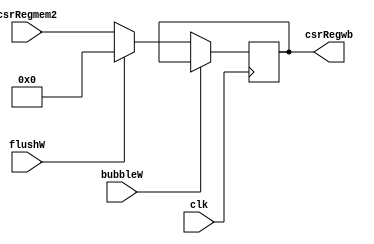
`timescale 1ns / 1ps
//////////////////////////////////////////////////////////////////////////////////
// Company: USTC 
// 
// Design Name: RV32I Core
// Module Name: csrDwb
// Tool Versions: Vivado 2017.4.1
// Description: write back CSR Register data
// 
//////////////////////////////////////////////////////////////////////////////////


//  
    //  MEM\WB write back csr value
// 
    // clk               
    //csrRegmem2         MEMcsr??
    // bubbleW           MEMbubble
    // flushW            MEMflush
// 
    // csrRegwb       CSR??
// 
    // 

module csrDwb(
    input wire clk, bubbleW, flushW,
    input wire [31:0] csrRegmem2,
    output reg [31:0] csrRegwb
    );

    initial csrRegwb = 0;
    
    always@(posedge clk)
        if (!bubbleW) 
        begin
            if (flushW)
                csrRegwb <= 0;
            else 
                csrRegwb <= csrRegmem2;
        end
    
endmodule